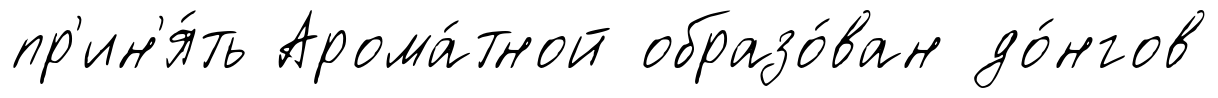
пр'ин'я́ть Арома́тной образо́ван до́нгов